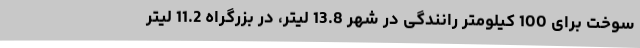
سوخت برای 100 کیلومتر رانندگی در شهر 13.8 لیتر، در بزرگراه 11.2 لیتر